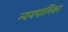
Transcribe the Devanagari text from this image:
न्ययपालिका